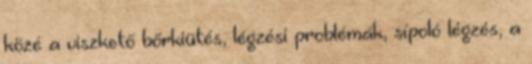
közé a viszkető bőrkiütés, légzési problémák, sípoló légzés, a